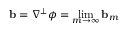
\ensuremath { \mathbf { b } } = \nabla ^ { \perp } \phi = \operatorname* { l i m } _ { m \to \infty } \ensuremath { \mathbf { b } } _ { m }